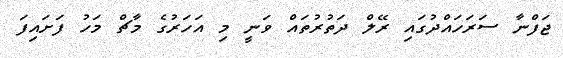
ޖަފްނާ ސަރަހައްދުގައި ރޭލް ދަތުރުތައް ވަނީ މި އަހަރުގެ މާޗް މަހު ފަށައިފަ